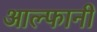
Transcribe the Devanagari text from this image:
आल्फानी